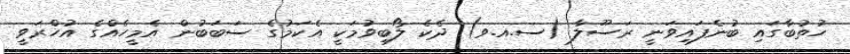
ހުތުބާގައި ބުނެފައިވަނީ ރަސޫލާ (ސ.އ.ވ) ދެކެ ލޯބިވުމަކީ އެކަމުގެ ސަބަބުން އެމީހެއްގެ އުހްރަވީ